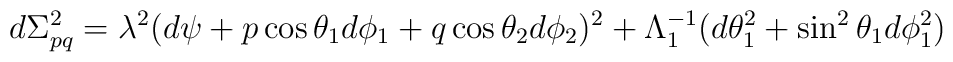
d\Sigma^2_{pq} = \lambda^2 ( d\psi + p\cos \theta_1 d\phi_1 + q \cos \theta_2 d\phi_2)^2 + \Lambda_1^{-1} (d\theta_1^2 + \sin^2 \theta_1 d\phi_1^2 )